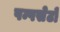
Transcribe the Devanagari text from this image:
पम्पसेटों